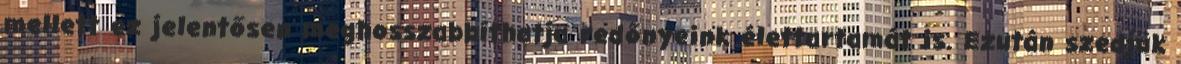
mellett ez jelentősen meghosszabbíthatja redőnyeink élettartamát is. Ezután szedjük